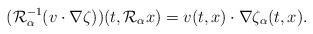
LaTeX: \begin{align*}(\mathcal{R}_{\alpha}^{-1}(v\cdot\nabla\zeta))(t,\mathcal{R}_{\alpha}x)=v(t,x)\cdot\nabla\zeta_{\alpha}(t,x).\end{align*}